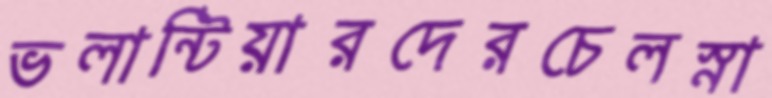
ভলান্টিয়ারদেরচেলস্না